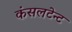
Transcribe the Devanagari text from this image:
कंसलटेन्ट